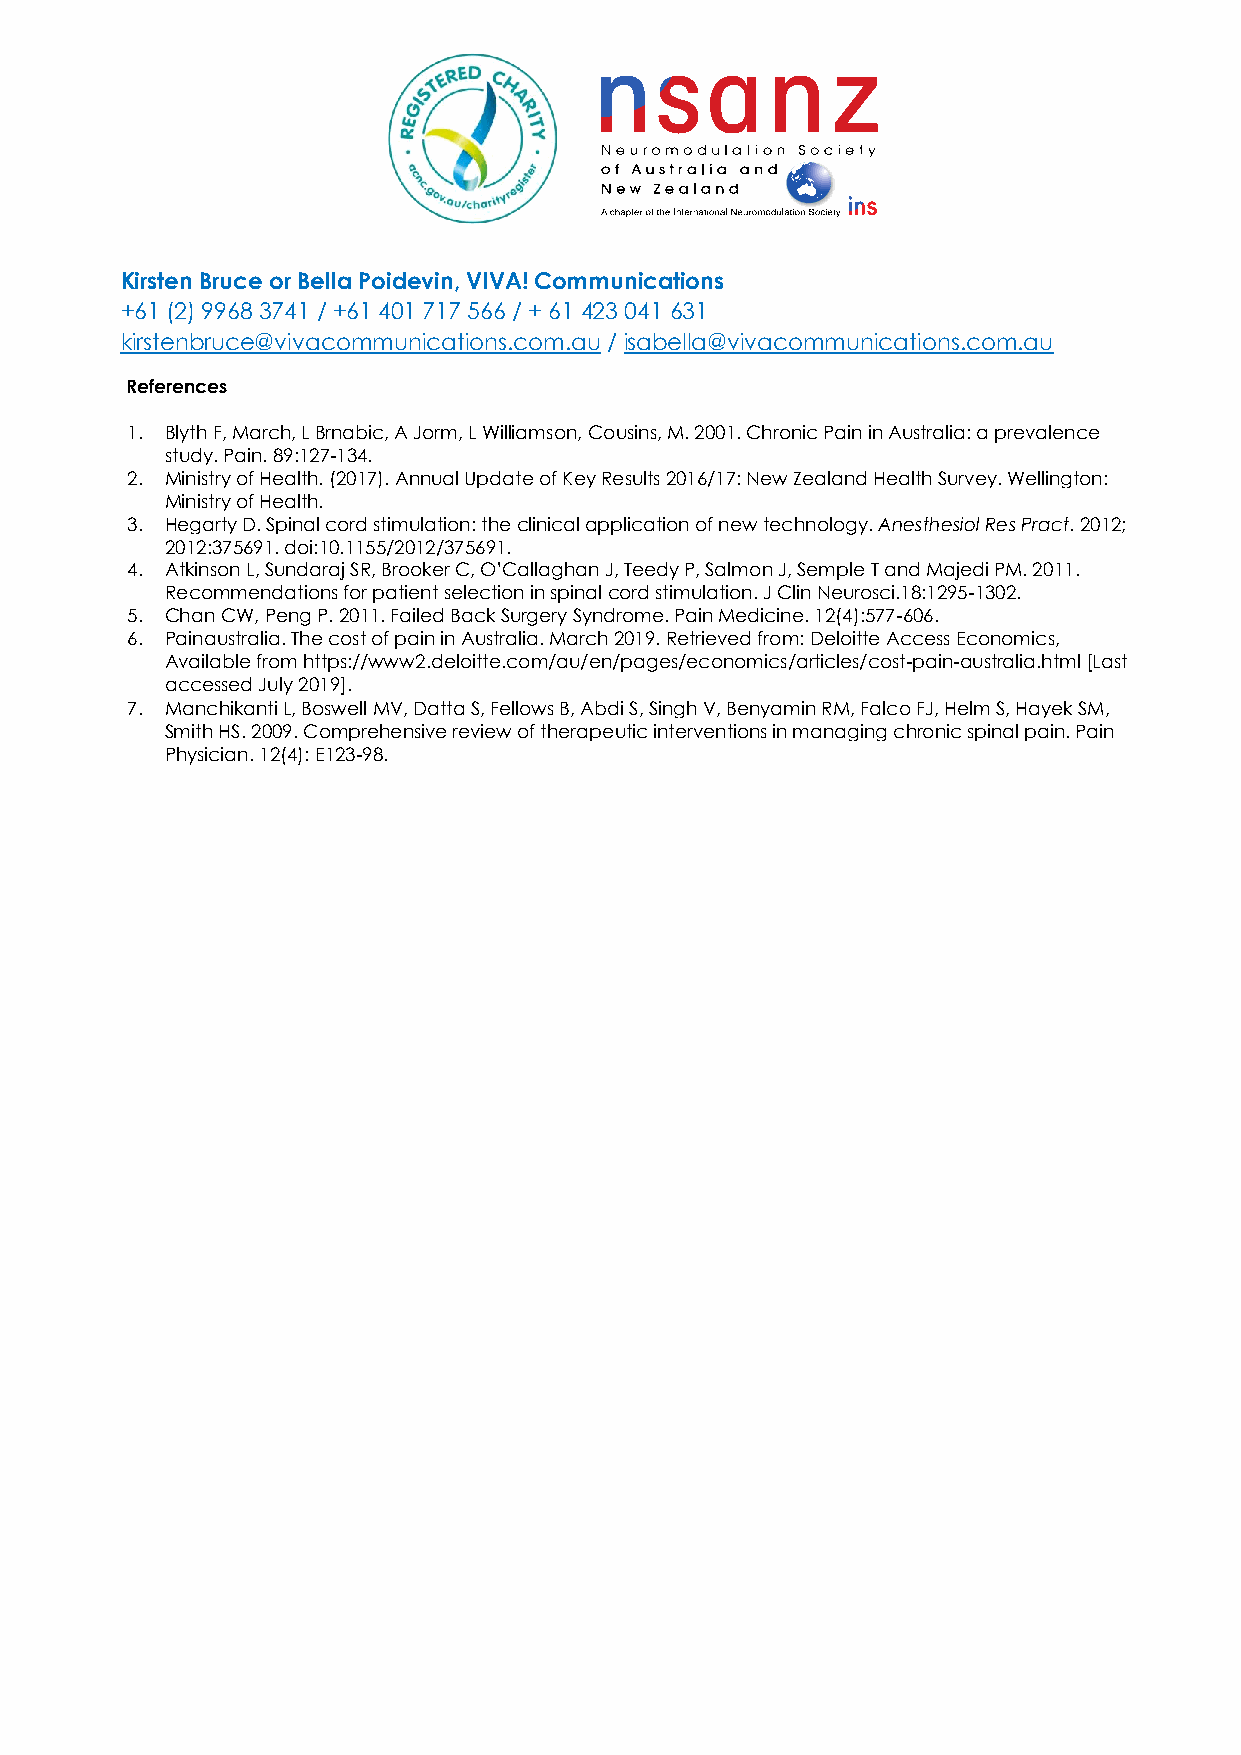
Kirsten Bruce or Bella Poidevin, VIVA! Communications
 +61 (2) 9968 3741 / +61 401 717 566 / + 61 423 041 631
 kirstenbruce@vivacommunications.com.au / isabella@vivacommunications.com.au
 References
 1. Blyth F, March, L Brnabic, A Jorm, L Williamson, Cousins, M. 2001. Chronic Pain in Australia: a prevalence
 study. Pain. 89:127-134.
 2. Ministry of Health. (2017). Annual Update of Key Results 2016/17: New Zealand Health Survey. Wellington:
 Ministry of Health.
 3. Hegarty D. Spinal cord stimulation: the clinical application of new technology. Anesthesiol Res Pract. 2012;
 2012:375691. doi:10.1155/2012/375691.
 4. Atkinson L, Sundaraj SR, Brooker C, O’Callaghan J, Teedy P, Salmon J, Semple T and Majedi PM. 2011.
 Recommendations for patient selection in spinal cord stimulation. J Clin Neurosci.18:1295-1302.
 5. Chan CW, Peng P. 2011. Failed Back Surgery Syndrome. Pain Medicine. 12(4):577-606.
 6. Painaustralia. The cost of pain in Australia. March 2019. Retrieved from: Deloitte Access Economics,
 Available from https://www2.deloitte.com/au/en/pages/economics/articles/cost-pain-australia.html [Last
 accessed July 2019].
 7. Manchikanti L, Boswell MV, Datta S, Fellows B, Abdi S, Singh V, Benyamin RM, Falco FJ, Helm S, Hayek SM,
 Smith HS. 2009. Comprehensive review of therapeutic interventions in managing chronic spinal pain. Pain
 Physician. 12(4): E123-98.